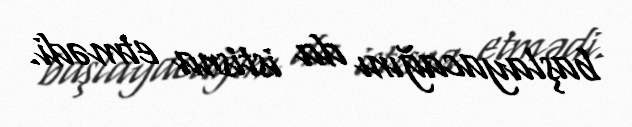
başlayacağını da istisna etmədi.